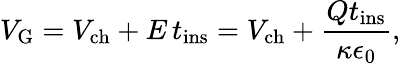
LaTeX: V_{\mathrm{G}}=V_{\mathrm{ch}}+E\, t_{\mathrm{ins}}=V_{\mathrm{ch}}+{\frac{Qt_{\mathrm{ins}}}{\kappa\epsilon_{0}}},